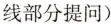
线部分提问）